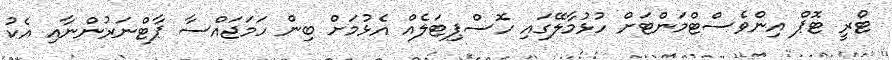
ޓްރީ ޓޮޕް އިންވެސްޓްމަންޓަށް ހުޅުމާލޭގައި ހޮސްޕިޓަލެއް އެޅުމަށް ބިން ހަމަޖައްސާ ޕާޓްނަރުންނާއި އެކު